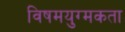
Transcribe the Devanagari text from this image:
विषमयुग्मकता